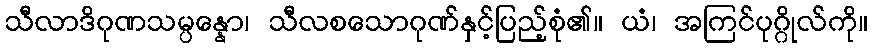
သီလာဒိဂုဏသမ္ပန္နော၊ သီလစသောဂုဏ်နှင့်ပြည့်စုံ၏။ ယံ၊ အကြင်ပုဂ္ဂိုလ်ကို။